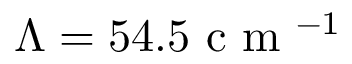
\Lambda = 5 4 . 5 \mathrm { ~ c ~ m ~ } ^ { - 1 }